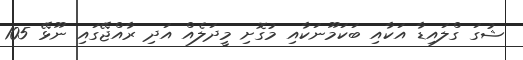
ޝުގަ ގްލައިޑާ އަކާއި ބަކަމޫނަކާއި މުގޮށި މީދަލެއް އަދި ރާއްޖޭގައި ނޫޅޭ 105